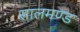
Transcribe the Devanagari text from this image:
सालमण्ड